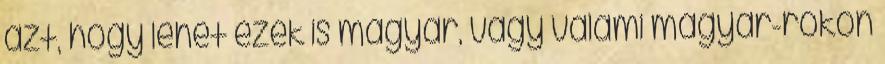
azt, hogy lehet ezek is magyar, vagy valami magyar-rokon